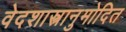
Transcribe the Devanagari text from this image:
वेदशास्त्रानुमोदित